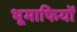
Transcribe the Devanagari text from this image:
भूमाफियों